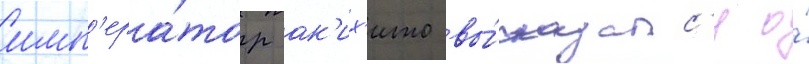
имп'ера́тор ак'их'ито вы́сказалс'я о́